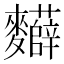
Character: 𮮂